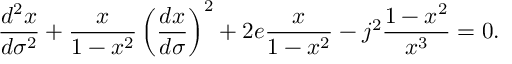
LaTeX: \frac { d ^ { 2 } x } { d \sigma ^ { 2 } } + \frac { x } { 1 - x ^ { 2 } } \left( \frac { d x } { d \sigma } \right) ^ { 2 } + 2 e \frac { x } { 1 - x ^ { 2 } } - j ^ { 2 } \frac { 1 - x ^ { 2 } } { x ^ { 3 } } = 0 .